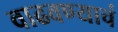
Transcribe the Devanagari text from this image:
वाढवण्याचं